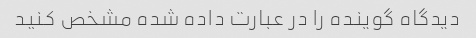
دیدگاه گوینده را در عبارت داده شده مشخص کنید